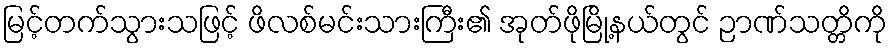
မြင့်တက်သွားသဖြင့် ဖိလစ်မင်းသားကြီး၏ အုတ်ဖိုမြို့နယ်တွင် ဉာဏ်သတ္တိကို